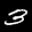
Label: 3